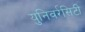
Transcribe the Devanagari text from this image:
युनिवर्रसिटी